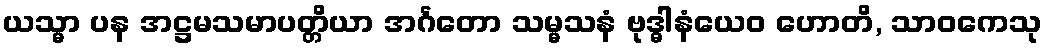
ယသ္မာ ပန အဋ္ဌမသမာပတ္တိယာ အင်္ဂတော သမ္မသနံ ဗုဒ္ဓါနံယေဝ ဟောတိ, သာဝကေသု